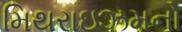
મિથરાઇઝમનો